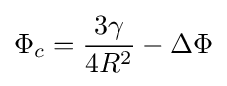
\Phi _{c}={\frac {3\gamma }{4R^{2}}}-\Delta \Phi